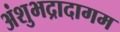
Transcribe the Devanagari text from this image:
अंशुभद्रादागम